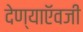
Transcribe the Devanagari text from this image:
देण्याऍवजी